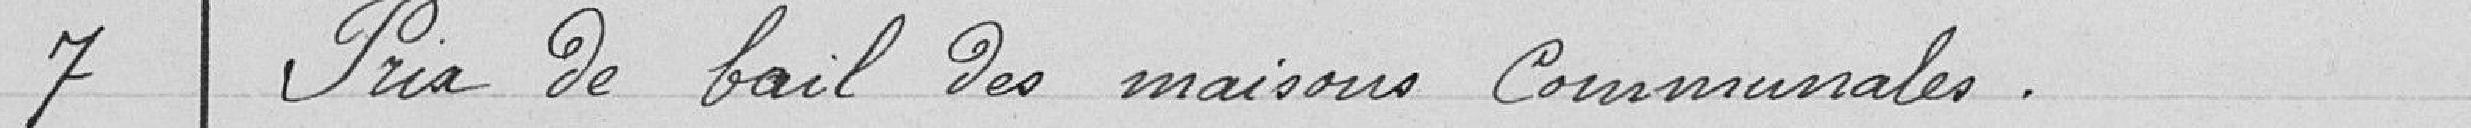
7 Prix de bail de smaisons communales